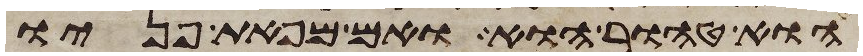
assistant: הוא טהור הוא ואם מפאת פניו